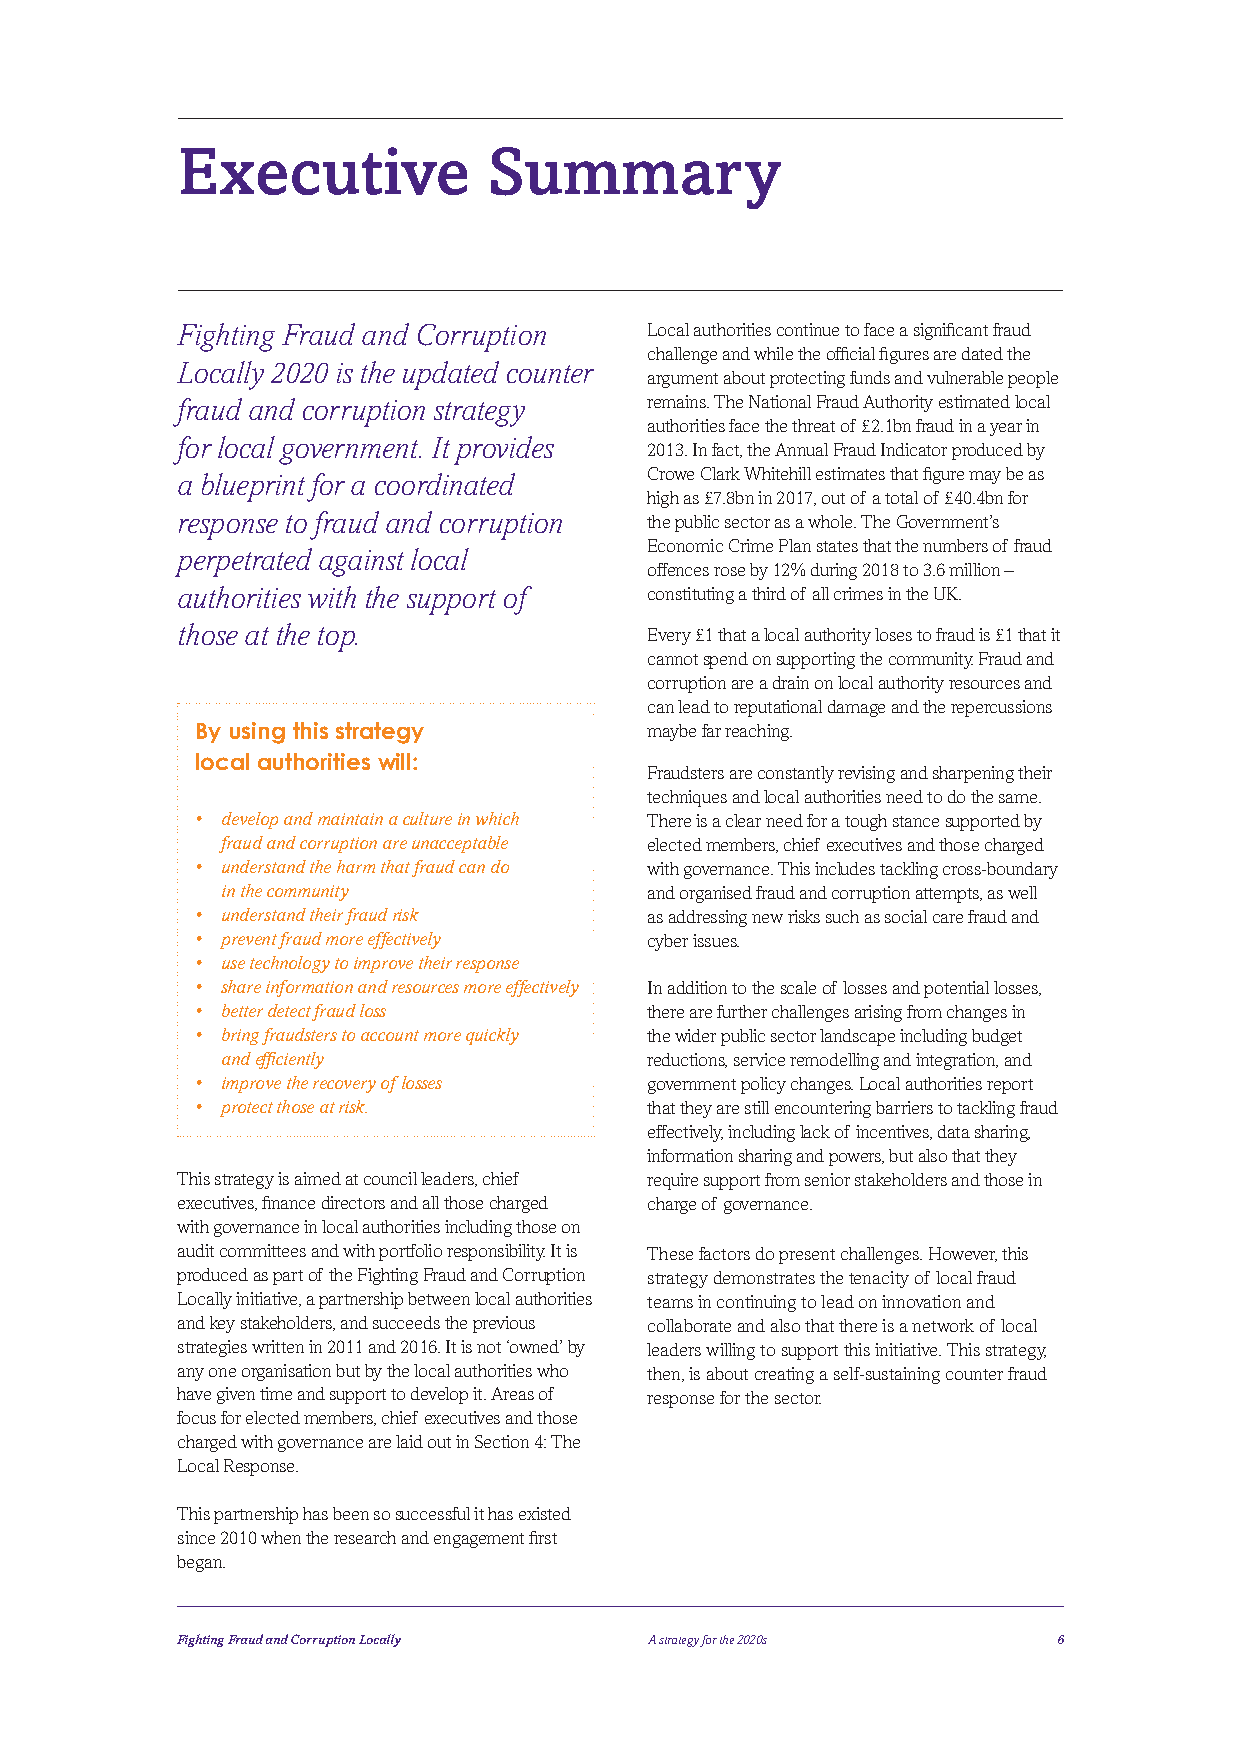
Executive           Summary
 Fighting Fraud and Corruption  Local authorities continue to face a significant fraud
 challenge and while the official figures are dated the
 Locally 2020 is the updated counter
 argument about protecting funds and vulnerable people
 fraud and corruption strategy  remains. The National Fraud Authority estimated local
 authorities face the threat of £2.1bn fraud in a year in
 for local government. It provides
 2013. In fact, the Annual Fraud Indicator produced by
 a blueprint for a coordinated  Crowe Clark Whitehill estimates that figure may be as
 high as £7.8bn in 2017, out of a total of £40.4bn for
 response to fraud and corruption the public sector as a whole. The Government’s
 Economic Crime Plan states that the numbers of fraud
 perpetrated against local
 offences rose by 12% during 2018 to 3.6 million –
 authorities with the support of constituting a third of all crimes in the UK.
 those at the top.              Every £1 that a local authority loses to fraud is £1 that it
 cannot spend on supporting the community. Fraud and
 corruption are a drain on local authority resources and
 can lead to reputational damage and the repercussions
 By using this strategy        maybe far reaching.
 local authorities will:
 Fraudsters are constantly revising and sharpening their
 techniques and local authorities need to do the same.
 • d evelop and maintain a culture in which There is a clear need for a tough stance supported by
 fraud and corruption are unacceptable elected members, chief executives and those charged
 • u nderstand the harm that fraud can do with governance. This includes tackling cross-boundary
 in the community            and organised fraud and corruption attempts, as well
 • understand their fraud risk as addressing new risks such as social care fraud and
 • prevent fraud more effectively cyber issues.
 • use technology to improve their response
 • share information and resources more effectively In addition to the scale of losses and potential losses,
 • better detect fraud loss    there are further challenges arising from changes in
 • b ring fraudsters to account more quickly the wid er public sector landscape including budget
 and efficiently             reductions, service remodelling and integration, and
 • improve the recovery of losses government policy changes. Local authorities report
 • protect those at risk.      that they are still encountering barriers to tackling fraud
 effectively, including lack of incentives, data sharing,
 information sharing and powers, but also that they
 This strategy is aimed at council leaders, chief require support from senior stakeholders and those in
 executives, finance directors and all those charged charge of governance.
 with governance in local authorities including those on
 audit committees and with portfolio responsibility. It is These factors do present challenges. However, this
 produced as part of the Fighting Fraud and Corruption strategy demonstrates the tenacity of local fraud
 Locally initiative, a partnership between local authorities teams in continuing to lead on innovation and
 and key stakeholders, and succeeds the previous collaborate and also that there is a network of local
 strategies written in 2011 and 2016. It is not ‘owned’ by leaders willing to support this initiative. This strategy,
 any one organisation but by the local authorities who then, is about creating a self-sustaining counter fraud
 have given time and support to develop it. Areas of response for the sector.
 focus for elected members, chief executives and those
 charged with governance are laid out in Section 4: The
 Local Response.
 This partnership has been so successful it has existed
 since 2010 when the research and engagement first
 began.
 Fighting Fraud and Corruption Locally A strategy for the 2020s 6